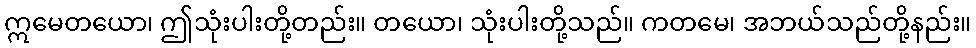
ဣမေတယော၊ ဤသုံးပါးတို့တည်း။ တယော၊ သုံးပါးတို့သည်။ ကတမေ၊ အဘယ်သည်တို့နည်း။